Report of the Bombay Plague Committee
Disease focus: Plague
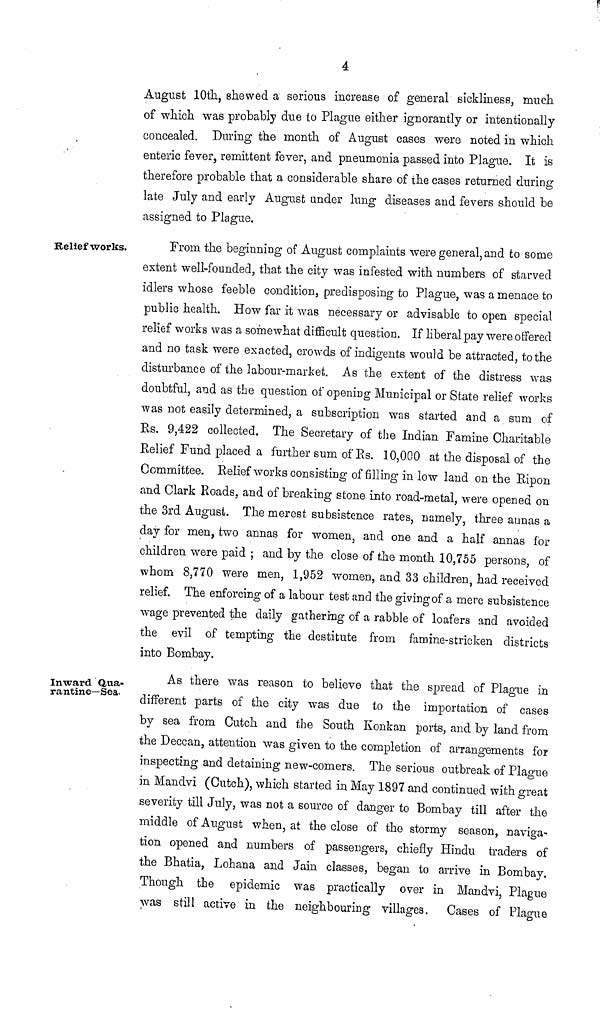
4
August 10th, shewed a serious increase of general sickliness, much
of which was probably due to Plague either ignorantly or intentionally
concealed. During the month of August cases were noted in which
enteric fever, remittent fever, and pneumonia passed into Plague. It is
therefore probable that a considerable share of the cases returned during
late July and early August under lung diseases and fevers should be
assigned to Plague.
Relief works.
From the beginning of August complaints were general, and to some
extent well-founded, that the city was infested with numbers of starved
idlers whose feeble condition, predisposing to Plague, was a menace to
public health. How far it was necessary or advisable to open special
relief works was a somewhat difficult question. If liberal pay were offered
and no task were exacted, crowds of indigents would be attracted, to the
disturbance of the labour-market. As the extent of the distress was
doubtful, and as the question of opening Municipal or State relief works
was not easily determined, a subscription was started and a sum of
Rs. 9,422 collected. The Secretary of the Indian Famine Charitable
Relief Fund placed a further sum of Rs. 10,000 at the disposal of the
Committee. Relief works consisting of filling in low land on the Ripon
and Clark Roads, and of breaking stone into road-metal, were opened on
the 3rd August. The merest subsistence rates, namely, three aunas a
day for men, two annas for women, and one and a half annas for
children were paid ; and by the close of the month 10,755 persons, of
whom 8,770 were men, 1,952 women, and 33 children, had received
relief. The enforcing of a labour test and the giving of a mere subsistence
wage prevented the daily gathering of a rabble of loafers and avoided
the evil of tempting the destitute from famine-stricken districts
into Bombay.
Inward Qua-
rantine—Sea.
As there was reason to believe that the spread of Plague in
different parts of the city was due to the importation of cases
by sea from Cutch and the South Konkan ports, and by land from
the Deccan, attention was given to the completion of arrangements for
inspecting and detaining new-comers. The serious outbreak of Plague
in Mandvi (Cutch), which started in May 1897 and continued with great
severity till July, was not a source of danger to Bombay till after the
middle of August when, at the close of the stormy season, naviga-
tion opened and numbers of passengers, chiefly Hindu traders of
the Bhatia, Lohana and Jain classes, began to arrive in Bombay.
Though the epidemic was practically over in Mandvi, Plague
was still active in the neighbouring villages. Cases of Plague